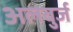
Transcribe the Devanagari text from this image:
अलबुर्ज